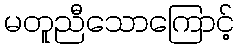
မတူညီသောကြောင့်